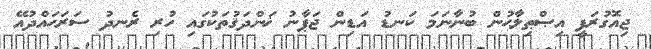
ޖިއޮގުރަފީ އިޞްޠިލާޙުން ބުނާނަމަ ކަނޑު އަޑިން ޖަޕާނު ޚަންދަޤުތަކުގައި ހުރި ރެނދު ސަރަޙައްދުއޭ